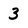
Character: 3